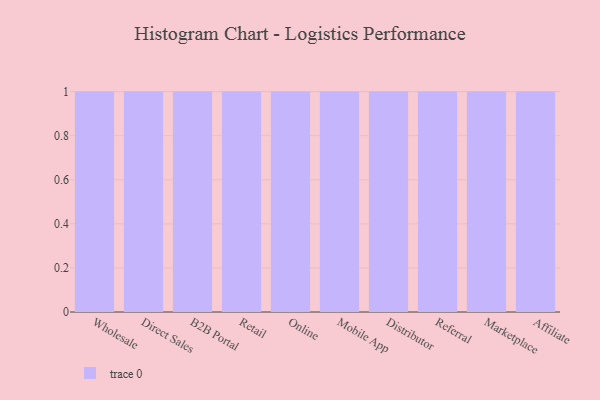
{"axis": {"x": "Channel", "y": "Humidity (%)"}, "legend": [""], "data": [{"x": "Wholesale", "y": 47, "type": ""}, {"x": "Direct Sales", "y": 9, "type": ""}, {"x": "B2B Portal", "y": 15, "type": ""}, {"x": "Retail", "y": 49, "type": ""}, {"x": "Online", "y": 52, "type": ""}, {"x": "Mobile App", "y": 41, "type": ""}, {"x": "Distributor", "y": 38, "type": ""}, {"x": "Referral", "y": 7, "type": ""}, {"x": "Marketplace", "y": 1, "type": ""}, {"x": "Affiliate", "y": 13, "type": ""}]}